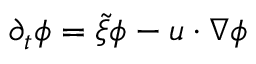
\partial _ { t } \phi = \tilde { \xi } \phi - u \cdot \nabla \phi